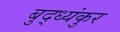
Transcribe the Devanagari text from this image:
बुद्ध्यंकुर